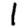
Digit: 1